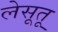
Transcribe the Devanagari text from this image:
लेसूतू